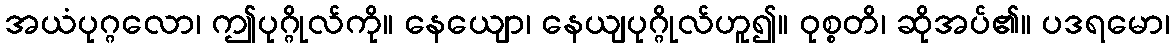
အယံပုဂ္ဂလော၊ ဤပုဂ္ဂိုလ်ကို။ နေယျော၊ နေယျပုဂ္ဂိုလ်ဟူ၍။ ဝုစ္စတိ၊ ဆိုအပ်၏။ ပဒရမော၊